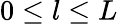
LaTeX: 0\leq l\leq L